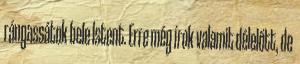
rángassátok bele Istent. Erre még írok valamit délelőtt, de